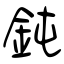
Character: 鈍